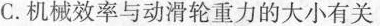
C.机械效率与动滑轮重力的大小有关